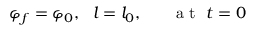
\varphi _ { f } = \varphi _ { 0 } , ~ ~ l = l _ { 0 } , ~ ~ ~ ~ ~ \mathrm { ~ a ~ t ~ } ~ t = 0